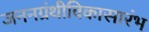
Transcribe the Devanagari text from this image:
जननग्रंथीविकासारंभ